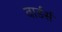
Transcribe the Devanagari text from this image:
वार्डर्स